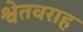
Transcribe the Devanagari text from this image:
श्वेतवराह